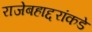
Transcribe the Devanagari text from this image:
राजेबहाद्दरांकडे